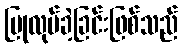
ပြုလုပ်ခဲ့ခြင်းဖြစ်သည်